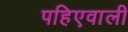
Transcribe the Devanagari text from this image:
पहिएवाली